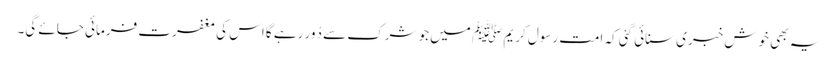
یہ بھی خوش خبری سنائی گئی کہ امت رسول کریم ﷺ میں جو شرک سے دُور رہے گا اس کی مغفرت فرمائی جائے گی۔